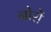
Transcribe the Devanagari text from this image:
नोरों